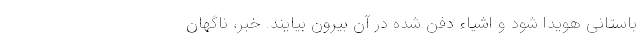
باستانی هویدا شود و اشیاء دفن شده در آن بیرون بیایند. خبر، ناگهان